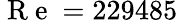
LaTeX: \mathrm{~R~e~}=229485